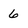
Character: 6